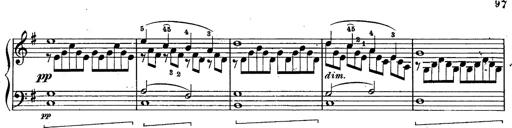
Title: Schubert's Impromptus [revised and edited by Franz Liszt]
Composer: Franz Liszt